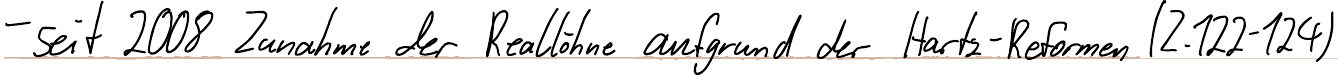
- seit 2008 Zunahme der Reallöhne aufgrund der Hartz-Reformen (Z.122-124)